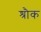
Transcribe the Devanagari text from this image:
श्रौक